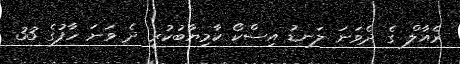
ރެއާލް ގެ ދެވަނަ ލަނޑު އިސްކޯ ކާމިޔާބުކުރީ ދެ ވަނަ ހާފުގެ 33